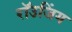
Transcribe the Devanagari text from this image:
रॉउजिंग